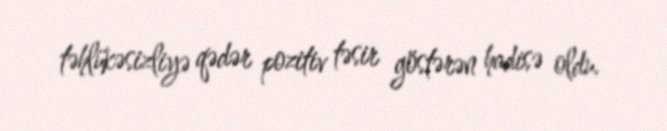
təhlükəsizliyə qədər pozitiv təsir göstərən hadisə oldu.